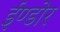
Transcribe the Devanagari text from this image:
ईण्डोर